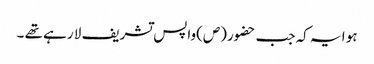
ہو ا یہ کہ جب حضور(ص)واپس تشریف لا رہے تھے ۔